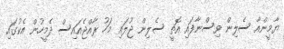
ޔާމީންއާ ސެލިން ވިސްނާފައި އޮތީ ސެލިން ޖުލައި މަހު ރާއްޖެއައިސް ދެމީހުން އެކުގައި